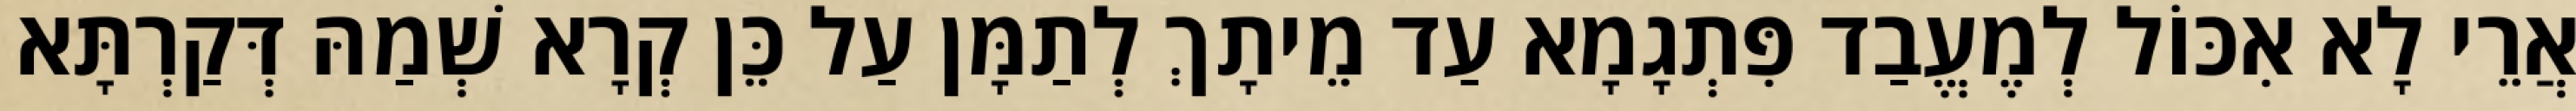
אֲרֵי לָא אִכּוֹל לְמֶעֱבַד פִּתְגָמָא עַד מֵיתָךְ לְתַמָּן עַל כֵּן קְרָא שְׁמַהּ דְּקַרְתָּא